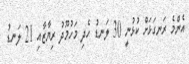
އެންމެ ރަނގަޅަށް ކުޅުނީ 30 ލަނޑު ހެދި މަހުމޫދު ރިޔާޒާއި 21 ލަނޑު